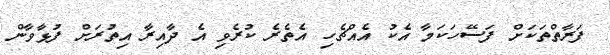
ފަރާތްތަކަށް ފަސޭހަކަމާ އެކު އެއްޗެހި އެތެރެ ކުރެވި އެ ދާއިރާ އިތުރަށް ފުޅާވާން